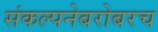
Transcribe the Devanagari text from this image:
संकल्पनेबरोबरच